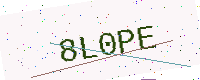
Text: 8L0PE